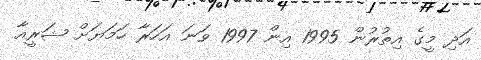
އަދި މީގެ އިތުރުން 1995 އިން 1997 ވަނަ އަހަރާ ހަމަޔަށް ޝަރީއާ